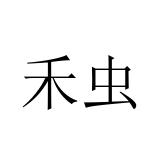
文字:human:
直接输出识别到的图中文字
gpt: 禾虫